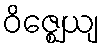
ဝိဇ္ဈေယျ